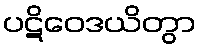
ပဋိဝေဒယိတွာ